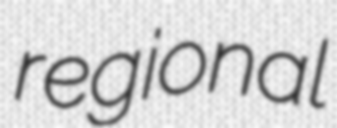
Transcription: regional